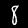
Digit: 8